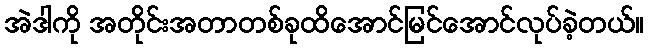
အဲဒါကို အတိုင်းအတာတစ်ခုထိအောင်မြင်အောင်လုပ်ခဲ့တယ်။